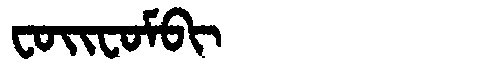
Manchu: ᠸᠣᡳᠸᠣᠮᠪᡳ
Romanization: FOIFOMBI